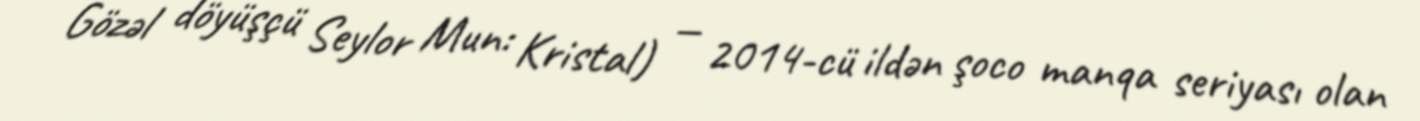
Gözəl döyüşçü Seylor Mun: Kristal) — 2014-cü ildən şoco manqa seriyası olan